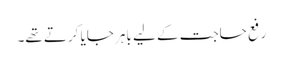
رفع حاجت کے لیے باہر جایا کرتے تھے۔